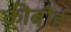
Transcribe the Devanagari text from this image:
क़ीबोर्ड